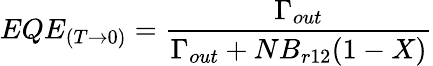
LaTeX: EQE_{(T\rightarrow 0)}=\frac{\Gamma_{out}}{\Gamma_{out}+NB_{r12}(1-X)}